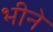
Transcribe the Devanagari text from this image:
भीने